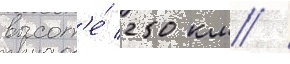
высот'е́ 250 км /